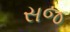
સજ